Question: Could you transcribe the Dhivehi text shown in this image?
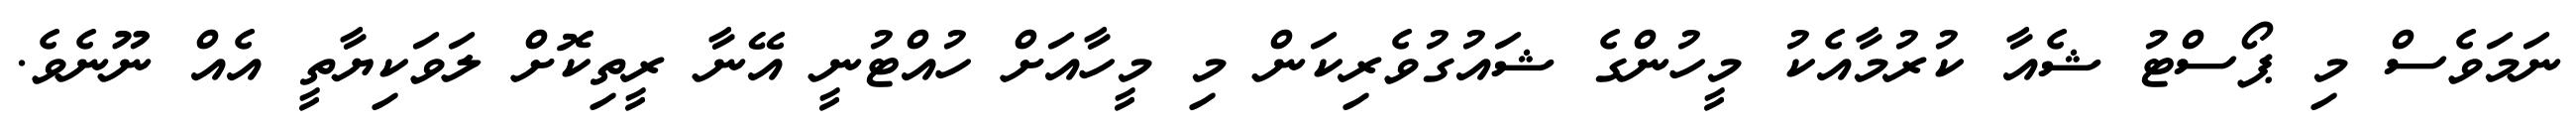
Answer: ނަމަވެސް މި ޕޯސްޓު ޝެއާ ކުރުމާއެކު މީހުންގެ ޝައުގުވެރިކަން މި މީހާއަށް ހުއްޓުނީ އޭނާ ރީތިކޮށް ލަވަކިޔާތީ އެއް ނޫނެވެ.